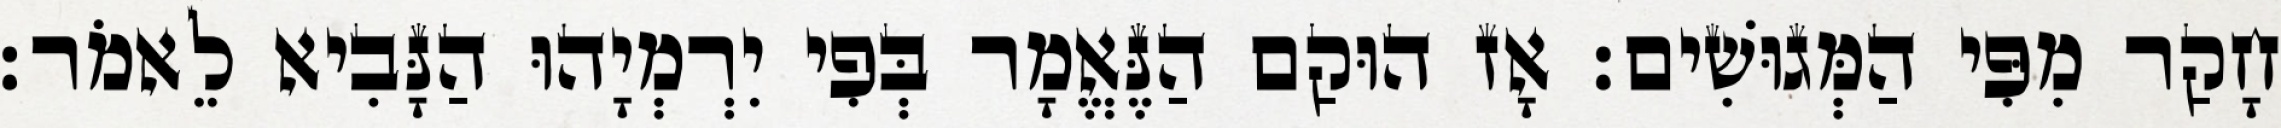
חָקַר מִפִּי הַמְּגוּשִׁים׃ אָז הוּקַם הַנֶּאֱמָר בְּפִי יִרְמְיָהוּ הַנָּבִיא לֵאמֹר׃